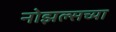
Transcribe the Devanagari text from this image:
नोझल्सच्या